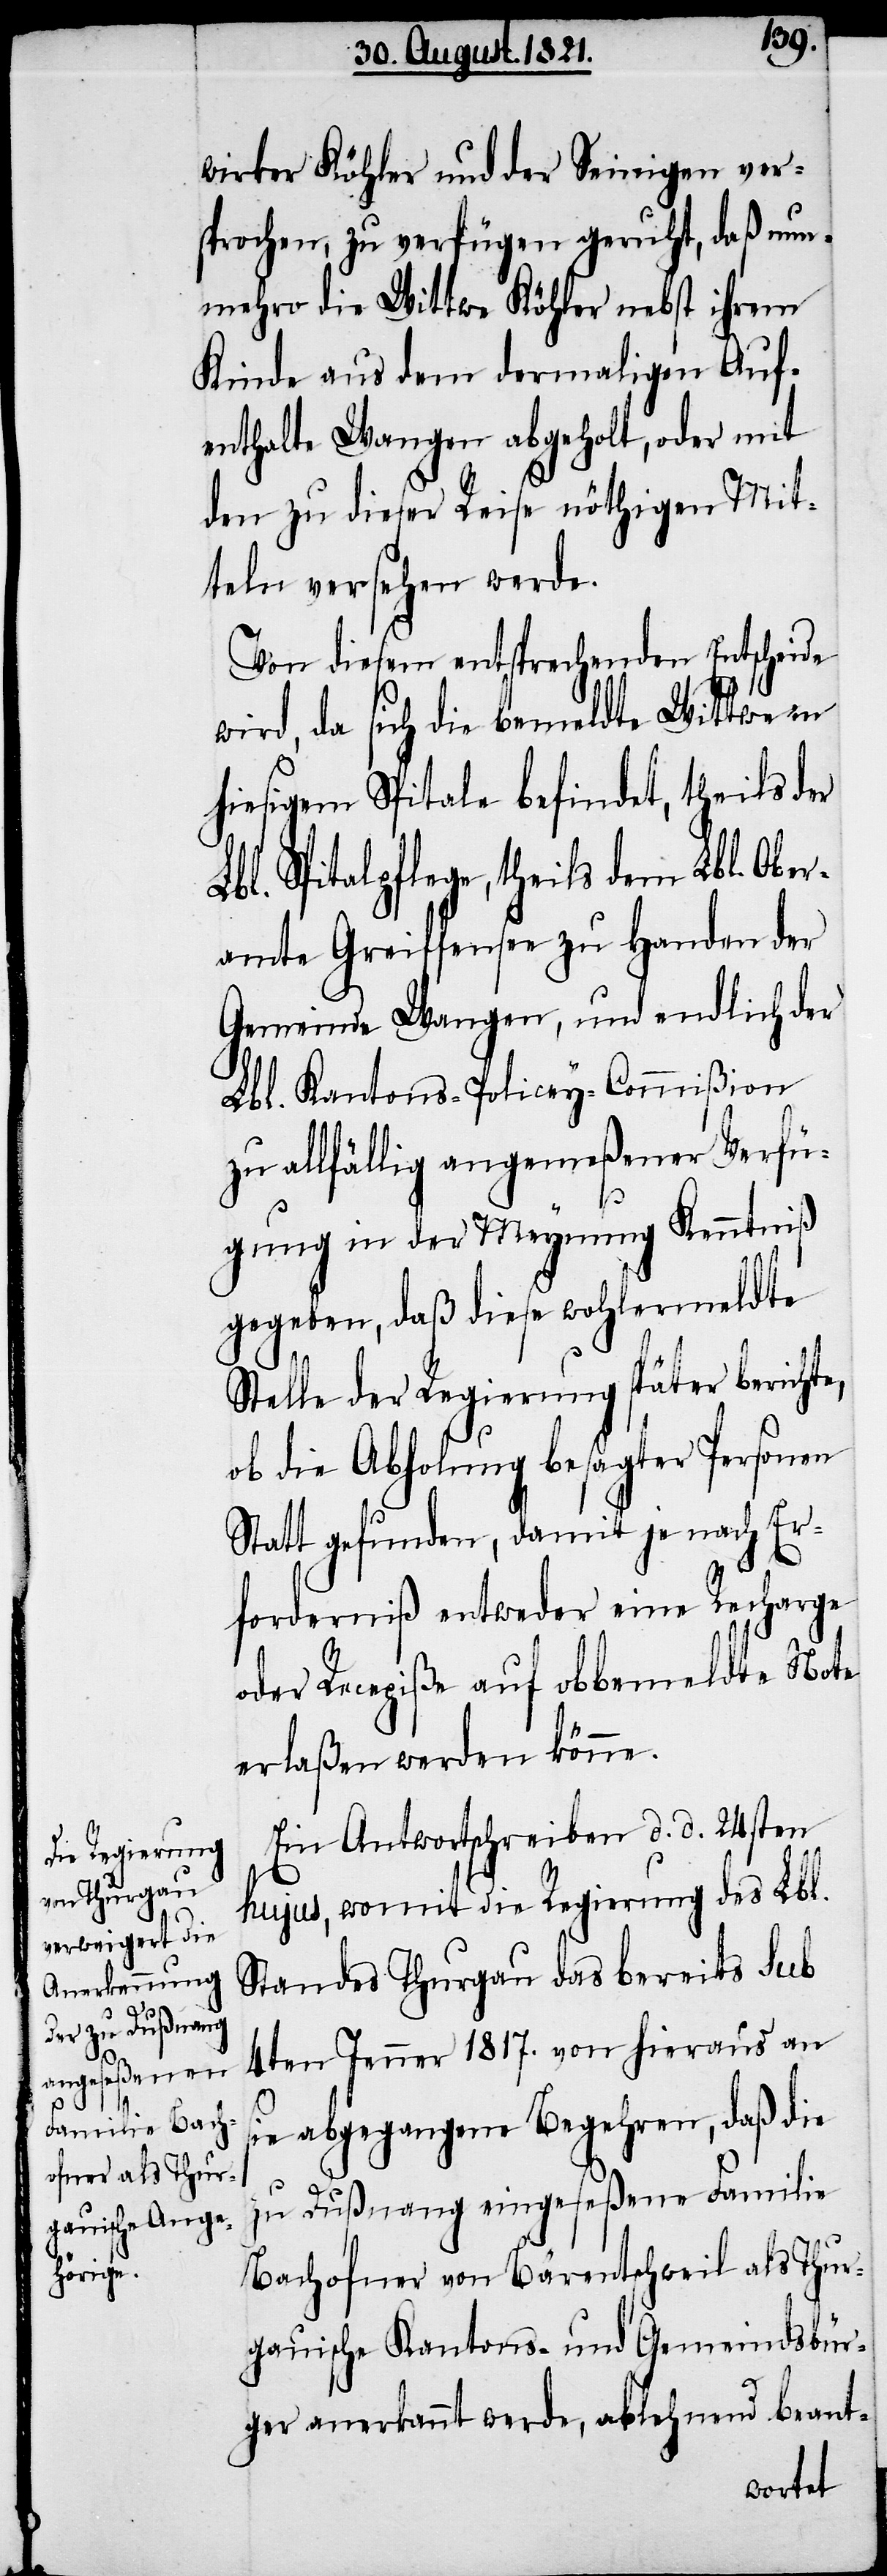
wirker Köhler und der Seinigen ver¬
sprochen, zu verfügen geruht, daß nun¬
mehro die Wittwe Köhler nebst ihrem
Kinde aus dem dermaligen Auf¬
enthalte Wangen abgeholt, oder mit
den zu dieser Reise nöthigen Mit¬
teln versehen werde.
Von diesem entsprechenden Entscheide
wird, da sich die bemeldte Wittwe in
hiesigem Spitale befindet, theils der
Lbl. Spitalpflege, theils dem Lbl. Ober¬
amte Greiffensee zu Handen der
Gemeinde Wangen, und endlich der
Lbl. Kantons-Policey-Commißion
zu allfällig angemeßener Verfü¬
gung in der Meynung Kenntniß
gegeben, daß diese wohlermeldte
Stelle der Regierung später berichte,
ob die Abholung besagter Personen
Statt gefunden, damit je nach Er¬
forderniß entweder eine Recharge
oder Recepiße auf obbemeldte Note
erlaßen werden könne.
Ein Antwortschreiben d. d. 24sten
hujus, womit die Regierung des Lbl.
Standes Thurgau das bereits sub
4ten Jenner 1817. von hieraus an
sie abgegangene Begehren, daß die
zu Dußnang eingeseßene Familie
Bachofner von Bärentschweil als Thur¬
gauische Kantons- und Gemeindsbür¬
ger anerkannt werde, ablehnend beant-